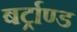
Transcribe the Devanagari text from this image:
बर्ट्राण्ड